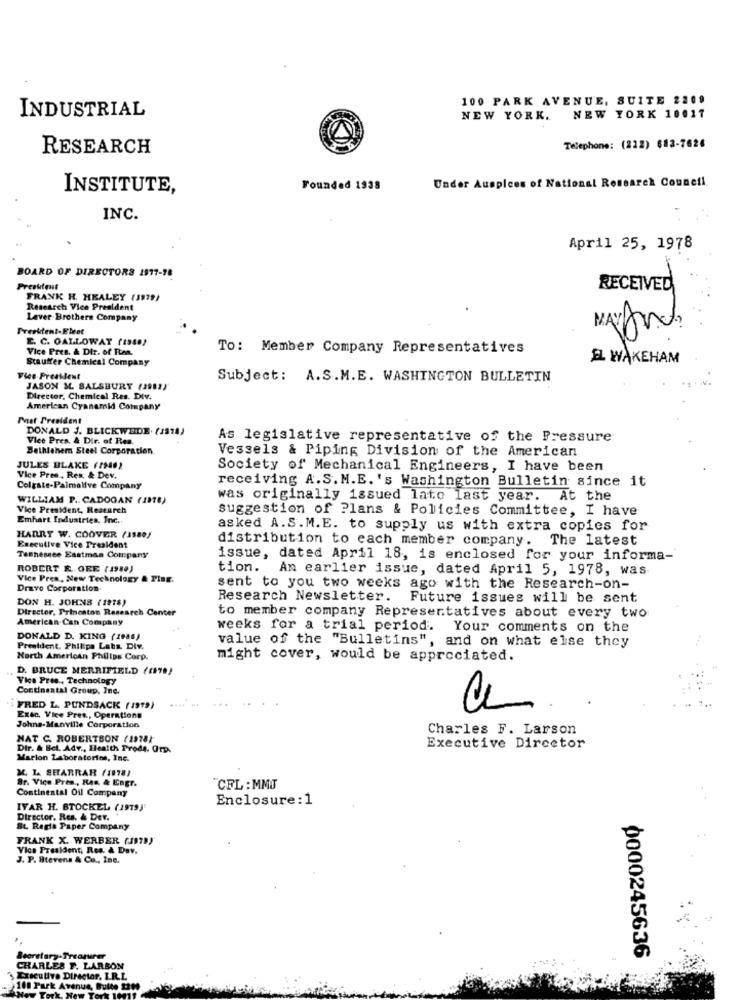
100 PARK AVENUE, SUITE 2209
INDUSTRIAL
NEW YORK. NEW YORK 10017
RESEARCH
Telephone: (212) 683-7626
Under Auspices of National Research Council
INSTITUTE,
Founded 1938
INC.
April 25, 1978
BOARD OF DIRECTORS 1977-78
RECEIVED
FRANK H. HEALEY (1979/
Research Vice President
Laver Brothers Company
Preektent-Eleet
E. C. OALLOWAY (1980)
Vice Pres. & Dir. of Res,
To: Member Company Representatives
Stauffer Chemical Company
EL WAKEHAM
Vice President
Subject: A.S.M.E. WASHINGTON BULLETIN
JASON M. SALSBURY (2011)
Director, Chemical Res. Div.
American Cyanamid Company
Past President
DONALD J. BLICKWEIDE. (1978)
Viee Pres. & Dir. of Res.
As legislative representative of the Pressure
Bethlehem Steel Corporation
Vessels & Piping Division of the American
JULES BLAKE (1940)
Society of Mechanical Engineers, I have been
Vice Pres ., Res, & Dev.
receiving A.S. M.E.'s Washington Bulletin since it
Colgate-Palmolive Company
WILLIAM P .. CADOGAN (INTE)
was originally issued late last year. At the
Vice President, Research
suggestion of Plans & Policies Committee, I have
Emhart Industries, Inc.
asked A.S.M.E. to supply us with extra copies for
HARRY W. COOVER (1980)
distribution to each member company. The latest
Executive Vice President
Tashessee Eastman Company
issue, dated April 18, is enclosed for your informa-
ROBERT R. GRE ( 1980)
tion. An earlier issue, dated April 5, 1978, was
Vice Pres, New Technology & Ping.
Drave Corporation
sent to you two weeks ago with the Research-on-
DON H. JOHNS (1978)
Research Newsletter.
Future issues will be sent
Director, Princston Research Center
to member company Representatives about every two
American Can Company
weeks for a trial period.
Your comments on the
DONALD D. KING (1988)
value of the "Bulletins", and on what else they
President, Philipa Labs. Div.
North American Philips Corp.
might cover, would be appreciated.
D. BRUCE MERRIFIELD ((979)
Vice Pres, Technology
Continental Group, Inc.
FRED L. PUNDSACK (1999)
Exec, Vice Pres ., Operations
Johns-Manville Corporation
Charles F. Larson
NAT C. ROBERTSON (19781
Dir. & Bet. Adv ., Health Prode, OrD.
Executive Director
Marion Laboratories, Inc.
X LA SHARRAR (1978)
Br. Vice Pres ., RAS, & Engr.
Continental Oil Company
"CFL : MMJ
Enclosure : 1
IVAR H. STOCKEL (1919)
Director. Res. & Der.
St. Regis Paper Company
FRANK X. WERBER (1979)
Vice President; Res. & Dav.
J. P. Stevens & Co ., Inc.
0000245636
Secretary-Treasurer
CHARLES F. LARSON
Executive Director, L.R.L
100 Park Avenue, Butte 130